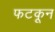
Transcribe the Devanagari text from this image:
फटकून